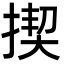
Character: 揳